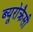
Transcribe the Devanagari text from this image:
ब्यूरोक्रैसी